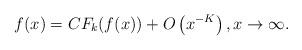
LaTeX: \begin{align*}f(x)=CF_k(f(x))+O\left(x^{-K}\right),x\rightarrow\infty.\end{align*}